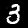
Digit: 3